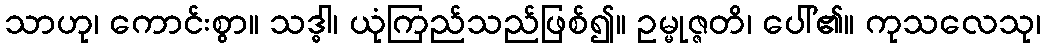
သာဟု၊ ကောင်းစွာ။ သဒ္ဓါ၊ ယုံကြည်သည်ဖြစ်၍။ ဥမ္မုဇ္ဇတိ၊ ပေါ်၏။ ကုသလေသု၊